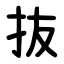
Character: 抜